Annual report of the Punjab Veterinary College and of the Civil Veterinary Department, Punjab - 1920-1925
Year: 1920
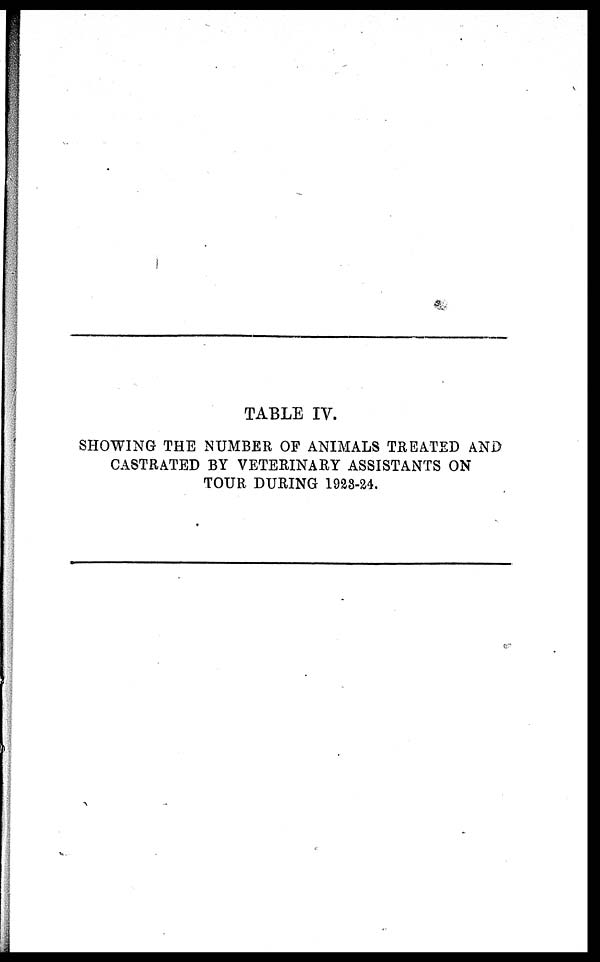
TABLE IV.
SHOWING THE NUMBER OF ANIMALS TREATED AND
CASTRATED BY VETERINARY ASSISTANTS ON
TOUR DURING 1928-24.